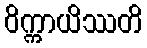
ဝိက္ကာယိဿတိ